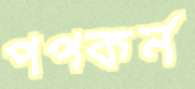
পপকর্ন